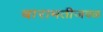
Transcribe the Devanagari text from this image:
बारामतीजवळ